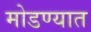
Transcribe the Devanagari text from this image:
मोडण्यात